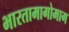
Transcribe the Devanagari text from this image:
भारतामागोमाग